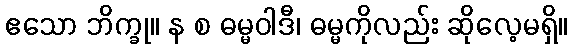
ဧသော ဘိက္ခု။ န စ ဓမ္မဝါဒီ၊ ဓမ္မကိုလည်း ဆိုလေ့မရှိ။